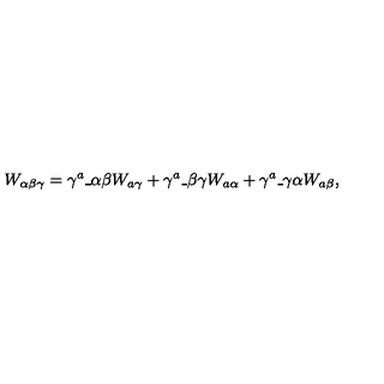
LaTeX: W _ { \alpha \beta \gamma } = \gamma ^ { a } \_ { \alpha \beta } W _ { a \gamma } + \gamma ^ { a } \_ { \beta \gamma } W _ { a \alpha } + \gamma ^ { a } \_ { \gamma \alpha } W _ { a \beta } ,